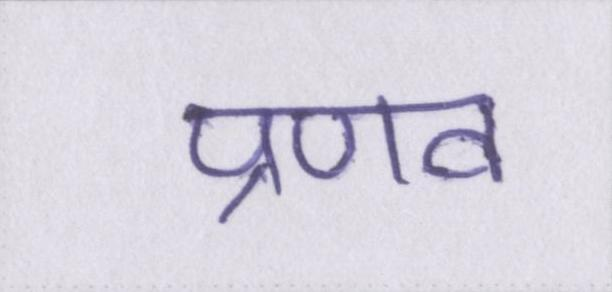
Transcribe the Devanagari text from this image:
प्रणव